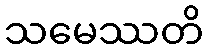
သမေဿတိ